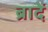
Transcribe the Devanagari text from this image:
ब्रादें